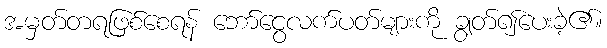
အမှတ်တရဖြစ်စေရန် ဘော်ငွေလက်ပတ်များကို ချွတ်၍ပေးခဲ့၏။